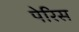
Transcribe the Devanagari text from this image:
पेरिस